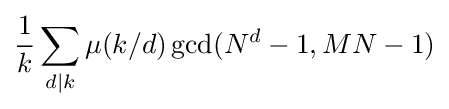
{\frac {1}{k}}\sum _{d|k}\mu (k/d)\gcd(N^{d}-1,MN-1)